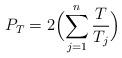
LaTeX: \begin{align*}P_T = 2\Bigl ( \sum_{j=1}^n \frac {T}{T_j} \Bigl)\end{align*}